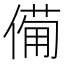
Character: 僃